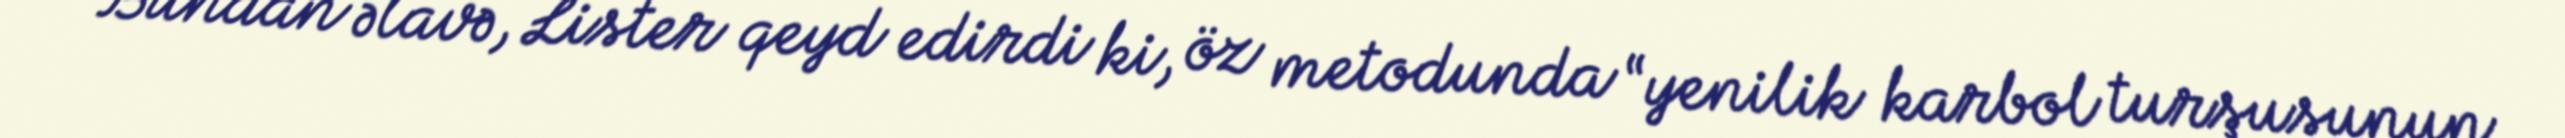
Bundan əlavə, Lister qeyd edirdi ki, öz metodunda “yenilik karbol turşusunun